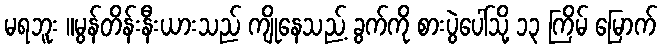
မရဘူး ။မွန်တိန်းနီးယားသည် ကျိုနေသည့် ခွက်ကို စားပွဲပေါ်သို့ ၁၃ ကြိမ် မြောက်